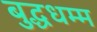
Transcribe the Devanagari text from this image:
बुद्धधम्म